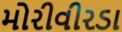
મોરીવીરડા